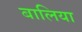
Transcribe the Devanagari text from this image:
बालिया